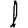
Digit: 1